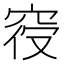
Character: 𱶼